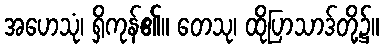
အဟေသုံ၊ ရှိကုန်၏။ တေသု၊ ထိုပြာသာဒ်တို့၌။